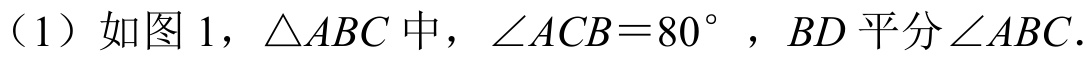
（1）如图 1，\(\triangle ABC\)中，\(\angle ACB = 80^{\circ}\)，\(BD\)平分\(\angle ABC\).